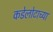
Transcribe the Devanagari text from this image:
कडेलोटाच्या